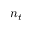
n _ { t }